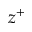
z ^ { + }